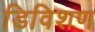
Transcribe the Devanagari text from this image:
डिविशण